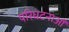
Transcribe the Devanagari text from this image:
परिघटनाओंं